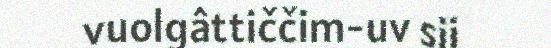
vuolgâttiččim-uv sii